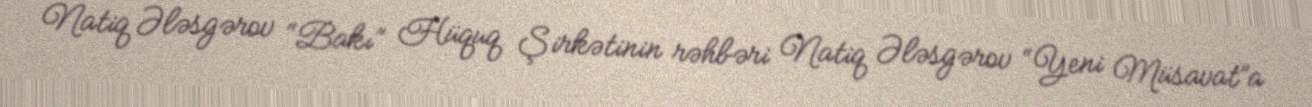
Natiq Ələsgərov “Bakı” Hüquq Şirkətinin rəhbəri Natiq Ələsgərov “Yeni Müsavat”a